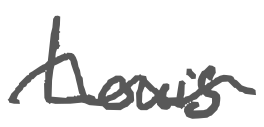
Text: Louis
Cross-out: wave
Writing tool: digital_gray